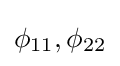
\phi _{11},\phi _{22}